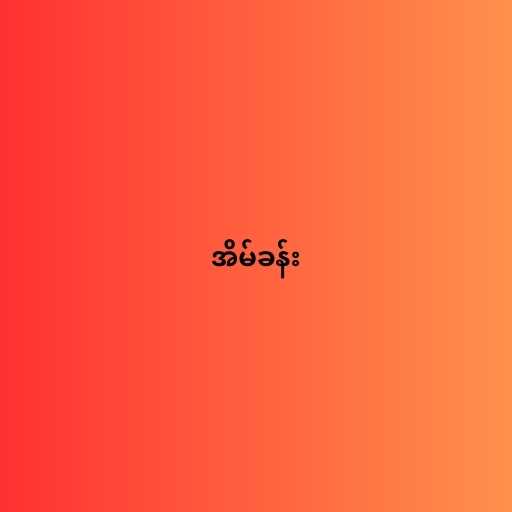
အိမ်ခန်း